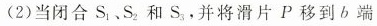
(2)当闭合S_{1}，S_{2}和S_{3}，并将滑片P移到b端